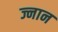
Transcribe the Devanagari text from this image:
ज्नान